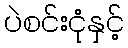
ပဲစင်းငုံနှင့်